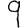
Digit: 9